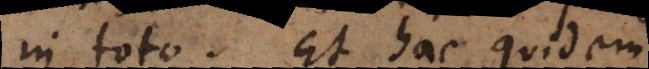
in toto. Et hac quidem